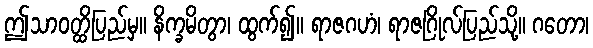
ဤသာဝတ္ထိပြည်မှ။ နိက္ခမိတွာ၊ ထွက်၍။ ရာဇဂဟံ၊ ရာဇဂြိုလ်ပြည်သို့။ ဂတော၊